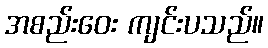
အစည်းဝေး ကျင်းပသည်။